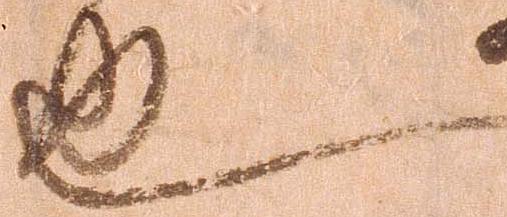
也